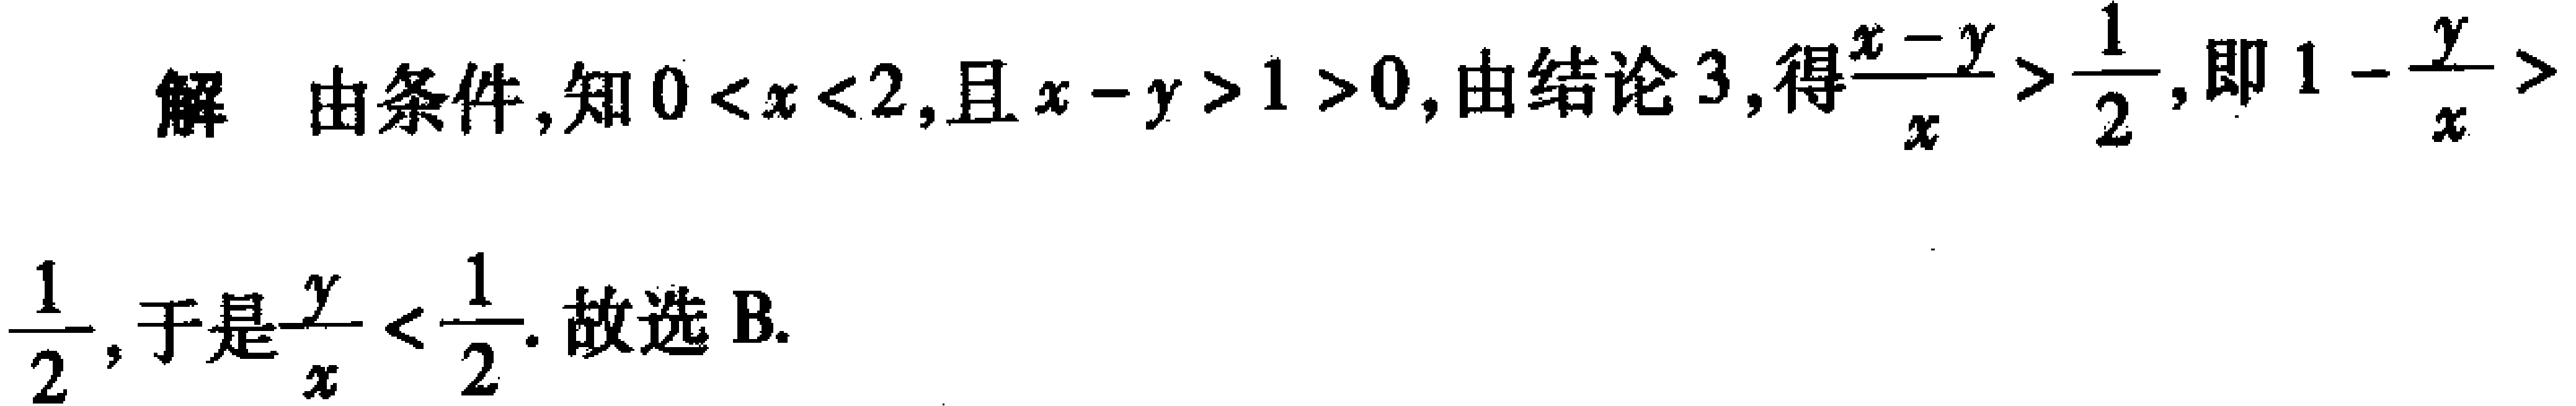
解 由条件，知\(0 < x < 2\)，且\(x - y > 1 > 0\)，由结论\(3\)，得\(\frac{x - y}{x} > \frac{1}{2}\)，即\(1 - \frac{y}{x} > \frac{1}{2}\)，于是\(\frac{y}{x} < \frac{1}{2}\). 故选B.